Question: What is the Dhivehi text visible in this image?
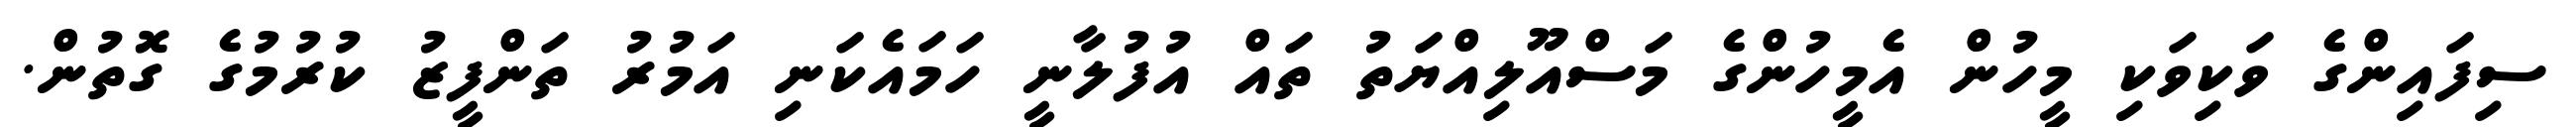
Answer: ސިފައިންގެ ވަކިވަކި މީހުން އެމީހުންގެ މަސްއޫލިއްޔަތު ތައް އުފުލާނީ ހަމައެކަނި އަމުރު ތަންފީޒު ކުރުމުގެ ގޮތުން.